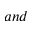
a n d